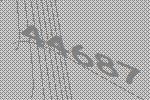
44687